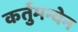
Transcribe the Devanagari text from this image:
कर्तुमन्येन